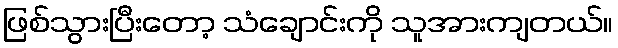
ဖြစ်သွားပြီးတော့ သံချောင်းကို သူအားကျတယ်။